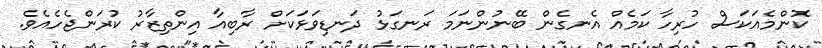
ކޮންމެއަކަސް ހުރިހާ ކަމެއް އެނގެން ބޭނުންނަމަ ރަނގަޅު ދަނޑިވަޅަކަށް ރާބިއާ އިންތިޒާރު ކުރަންޖެހެއެވެ.